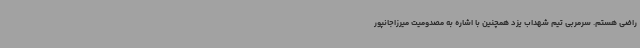
راضی هستم. سرمربی تیم شهداب یزد همچنین با اشاره به مصدومیت میرزاجانپور